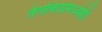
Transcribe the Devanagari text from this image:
तेलबियांमध्येही